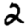
Digit: 2